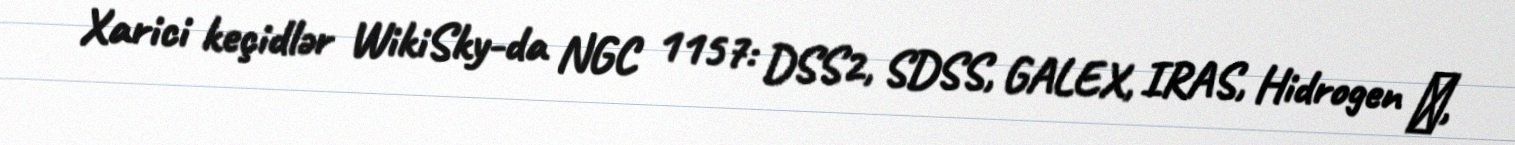
Xarici keçidlər WikiSky-da NGC 1157: DSS2, SDSS, GALEX, IRAS, Hidrogen α,